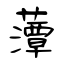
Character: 藫